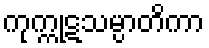
ကုက္ကုဋသမ္ပာတိကာ